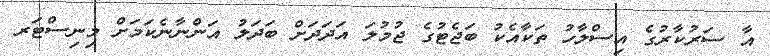
އާ ސަރުކާރުގެ އިސްލާހު ތަކާއެކު ބަޖެޓުގެ ޖުމުލަ އަދަދަށް ބަދަލު އަންނާނެކަމަށް މިނިސްޓަރ